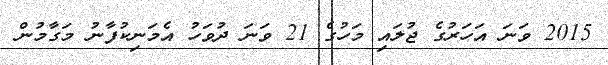
2015 ވަނަ އަހަރުގެ ޖުލައި މަހުގެ 21 ވަނަ ދުވަހު އެމަނިކުފާނު މަގާމުން